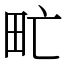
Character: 甿